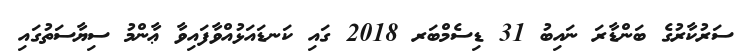
ސަރުކާރުގެ ބަންޑާރަ ނައިބު 31 ޑިސެމްބަރ 2018 ގައި ކަނޑައަޅުއްވާފައިވާ ޢާންމު ސިޔާސަތުގައި